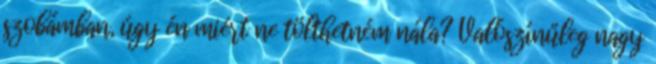
szobámban, úgy én miért ne tölthetném nála? Valószínűleg nagy